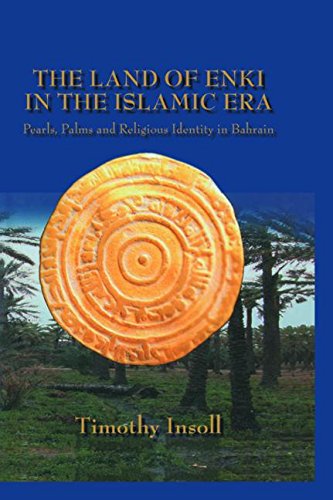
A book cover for Land Of Enki In The Islamic Era: Pearls, Palsms and Religious Identity in Bahrain; Timothy Insoll; History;